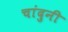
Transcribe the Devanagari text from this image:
चांदुनी